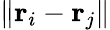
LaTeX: \| {\mathbf r}_{i}-{\mathbf r}_{j}\|